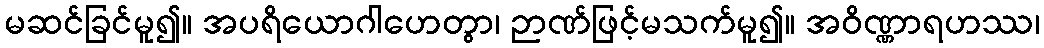
မဆင်ခြင်မူ၍။ အပရိယောဂါဟေတွာ၊ ဉာဏ်ဖြင့်မသက်မူ၍။ အဝိဏ္ဏာရဟဿ၊